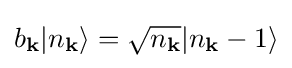
b_{\mathbf {k} }|n_{\mathbf {k} }\rangle ={\sqrt {n_{\mathbf {k} }}}|n_{\mathbf {k} }-1\rangle